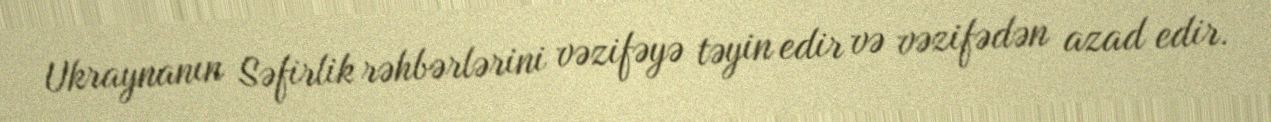
Ukraynanın Səfirlik rəhbərlərini vəzifəyə təyin edir və vəzifədən azad edir.